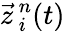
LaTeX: \vec{z}_{\, i}^{\, n}(t)